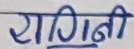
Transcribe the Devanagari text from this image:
रागिनी